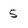
Character: 5